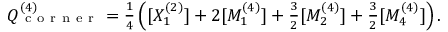
\begin{array} { r } { Q _ { \mathrm { ~ c ~ o ~ r ~ n ~ e ~ r ~ } } ^ { ( 4 ) } = \frac { 1 } { 4 } \left( [ X _ { 1 } ^ { ( 2 ) } ] + 2 [ M _ { 1 } ^ { ( 4 ) } ] + \frac { 3 } { 2 } [ M _ { 2 } ^ { ( 4 ) } ] + \frac { 3 } { 2 } [ M _ { 4 } ^ { ( 4 ) } ] \right) . } \end{array}